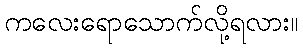
ကလေးရောသောက်လို့ရလား။